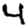
Digit: 4